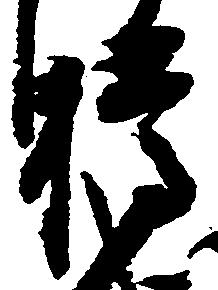
樽